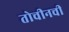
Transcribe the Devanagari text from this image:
तोचीनची